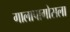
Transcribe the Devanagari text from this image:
गालापागोसला